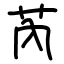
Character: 芮